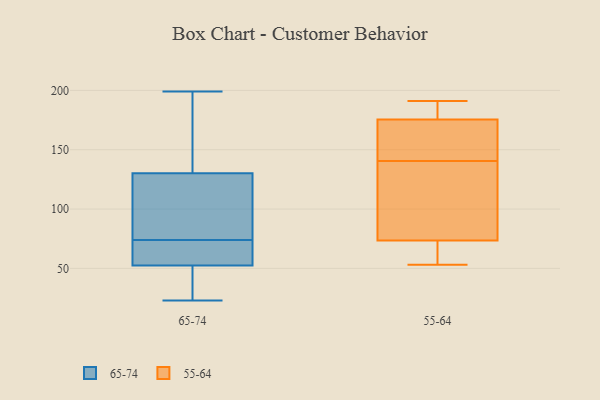
{"axis": {"x": "Bounce Rate (%)", "y": "Value"}, "legend": ["55-64", "65-74"], "data": [{"x": "", "y": 51, "type": "65-74"}, {"x": "", "y": 98, "type": "65-74"}, {"x": "", "y": 67, "type": "65-74"}, {"x": "", "y": 32, "type": "65-74"}, {"x": "", "y": 184, "type": "65-74"}, {"x": "", "y": 74, "type": "65-74"}, {"x": "", "y": 141, "type": "65-74"}, {"x": "", "y": 48, "type": "65-74"}, {"x": "", "y": 72, "type": "65-74"}, {"x": "", "y": 94, "type": "65-74"}, {"x": "", "y": 84, "type": "65-74"}, {"x": "", "y": 23, "type": "65-74"}, {"x": "", "y": 73, "type": "65-74"}, {"x": "", "y": 75, "type": "65-74"}, {"x": "", "y": 166, "type": "65-74"}, {"x": "", "y": 199, "type": "65-74"}, {"x": "", "y": 49, "type": "65-74"}, {"x": "", "y": 183, "type": "65-74"}, {"x": "", "y": 57, "type": "65-74"}, {"x": "", "y": 58, "type": "55-64"}, {"x": "", "y": 174, "type": "55-64"}, {"x": "", "y": 58, "type": "55-64"}, {"x": "", "y": 191, "type": "55-64"}, {"x": "", "y": 101, "type": "55-64"}, {"x": "", "y": 158, "type": "55-64"}, {"x": "", "y": 178, "type": "55-64"}, {"x": "", "y": 53, "type": "55-64"}, {"x": "", "y": 143, "type": "55-64"}, {"x": "", "y": 69, "type": "55-64"}, {"x": "", "y": 174, "type": "55-64"}, {"x": "", "y": 92, "type": "55-64"}, {"x": "", "y": 179, "type": "55-64"}, {"x": "", "y": 78, "type": "55-64"}, {"x": "", "y": 149, "type": "55-64"}, {"x": "", "y": 55, "type": "55-64"}, {"x": "", "y": 177, "type": "55-64"}, {"x": "", "y": 182, "type": "55-64"}, {"x": "", "y": 104, "type": "55-64"}, {"x": "", "y": 138, "type": "55-64"}]}